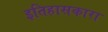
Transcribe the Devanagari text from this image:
इतिहासकारा